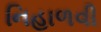
નિહાળવી